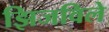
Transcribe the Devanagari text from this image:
झिजविले